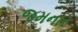
જમનાર